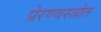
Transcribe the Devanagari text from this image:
प्रेरण्यस्त्रोत